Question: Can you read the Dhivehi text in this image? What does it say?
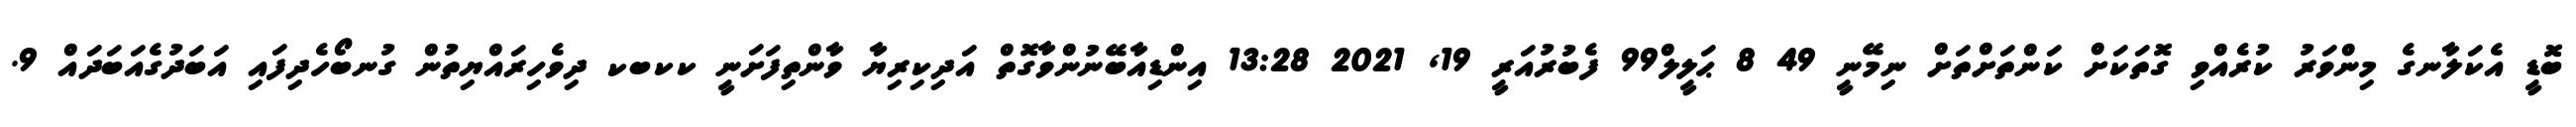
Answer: ބޮޑީ އެކަލާނގެ މިންވަރު ކުރެއްވި ގޮތަކަށް ކަންތަށްތަށް ނިމޭނީ 49 8 ޙަލީލް99 ފެބުރުއަރީ 19, 2021 13:28 އިންޑިއާބޭނުންވާގޮތް އަދިކިރިޔާ ވާންތިފަށަނީ ކކބކ ދިވެހިރައްޔިތުން ގުނބޯހެދިފައި އަބަދުގެއަބަދައް 9.